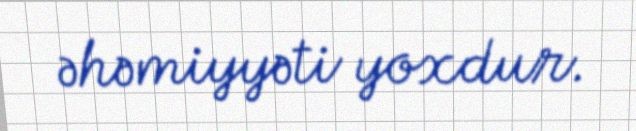
əhəmiyyəti yoxdur.